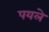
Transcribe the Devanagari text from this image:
पयले